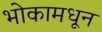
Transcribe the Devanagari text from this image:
भोकामधून